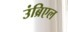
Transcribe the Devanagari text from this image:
उंब्रिएल